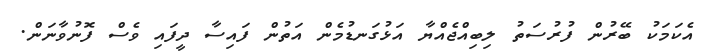
އެކަމަކު ބޭރުން ފުރުސަތު ލިބިއްޖެއްޔާ އަޅުގަނޑުމެން އަތުން ފައިސާ ދީފައި ވެސް ފޮނުވާނަން.